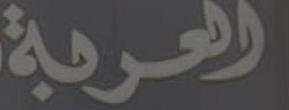
العربة